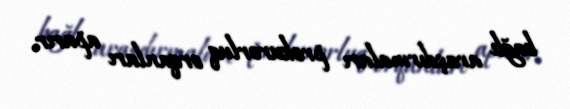
bağlı araşdırmaları prokurorluq orqanları aparır.